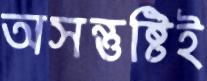
অসন্তুষ্টিই